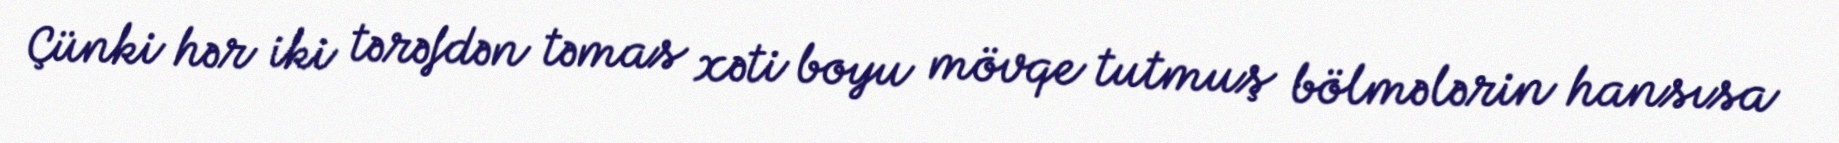
Çünki hər iki tərəfdən təmas xəti boyu mövqe tutmuş bölmələrin hansısa